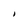
Character: I